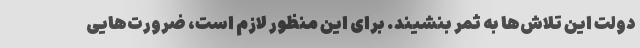
دولت این تلاش‌ها به ثمر بنشیند. برای این منظور لازم است، ضرورت‌هایی